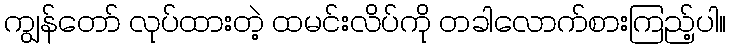
ကျွန်တော် လုပ်ထားတဲ့ ထမင်းလိပ်ကို တခါလောက်စားကြည့်ပါ။